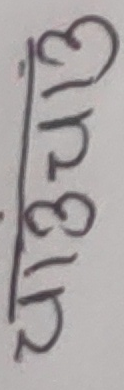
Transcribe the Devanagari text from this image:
३१८५२